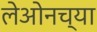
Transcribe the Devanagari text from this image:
लेओनच्या